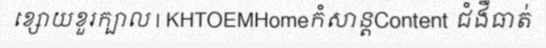
ខ្សោយខួរក្បាល | KHTOEMHomeកំសាន្តContent ជំងឺធាត់